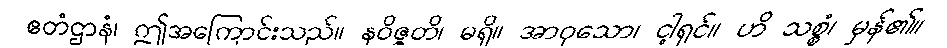
ဧတံဌာနံ၊ ဤအကြောင်းသည်။ နဝိဇ္ဇတိ၊ မရှိ။ အာဝုသော၊ ငါ့ရှင်။ ဟိ သစ္စံ၊ မှန်၏။